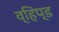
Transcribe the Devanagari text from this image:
व्हिप्ड